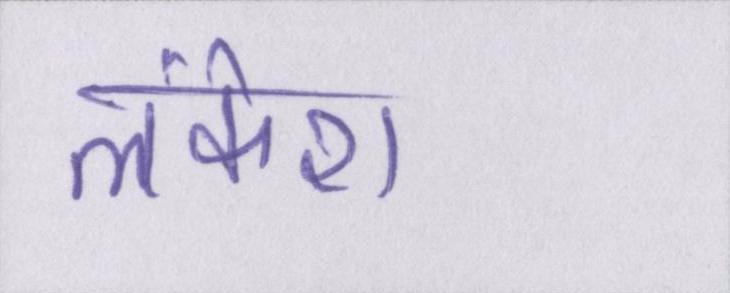
लंकेश